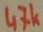
Text: 47k